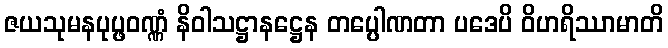
ဇယသုမနပုပ္ဖဝဏ္ဏံ နိဝါသဋ္ဌာနဋ္ဌေန တပ္ပေါဏတာ ပဒေပိ ဝိဟရိဿာမာတိ